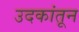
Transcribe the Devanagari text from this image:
उदकांतून